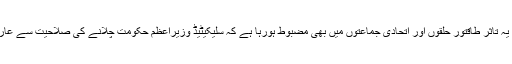
‘اور اب یہ تاثر طاقتور حلقوں اور اتحادی جماعتوں میں بھی مضبوط ہورہا ہے کہ سلیکیٹیڈ وزیراعظم حکومت چلانے کی صلاحیت سے عاری ہے ۔